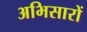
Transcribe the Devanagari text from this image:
अभिसारों